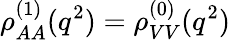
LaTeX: \rho_{AA}^{(1)}(q^{2})=\rho_{VV}^{(0)}(q^{2})